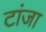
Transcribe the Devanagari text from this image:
टांजा